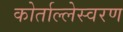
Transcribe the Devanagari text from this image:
कोर्ताल्लेस्वरण